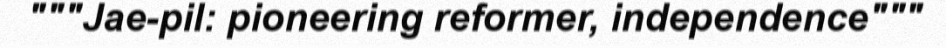
"""Jae-pil: pioneering reformer, independence"""